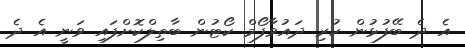
އެ ދެ ބޭފުޅުން ކުރި ދައުވާފޯމް ކޯޓުން ބާތިލްކޮށްފައި ވަނީ އެ ދެ